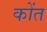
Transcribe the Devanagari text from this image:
कोंत